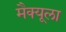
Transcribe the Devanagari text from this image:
मैक्‍यूला